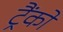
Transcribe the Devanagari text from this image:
ट्रैंकों